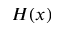
H ( x )